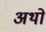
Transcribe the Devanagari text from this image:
अथो